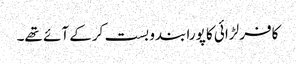
کافر لڑائی کا پورا بندو بست کرکے آئے تھے۔